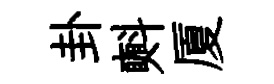
卦㪺厦